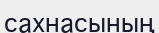
сахнасының